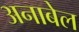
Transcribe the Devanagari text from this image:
अनाबेल